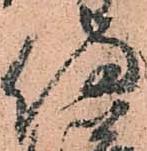
侍